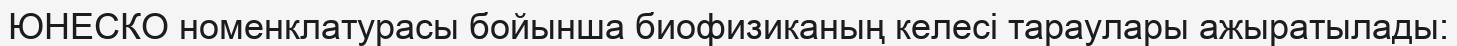
ЮНЕСКО номенклатурасы бойынша биофизиканың келесі тараулары ажыратылады: